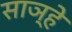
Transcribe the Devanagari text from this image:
साञ्हे